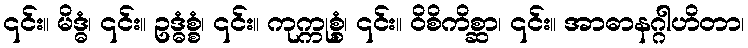
၎င်း။ မိဒ္ဓံ၊ ၎င်း။ ဥဒ္ဓံစ္စံ၊ ၎င်း။ ကုက္ကုစ္စံ၊ ၎င်း။ ဝိစိကိစ္ဆာ၊ ၎င်း။ အာဓာနဂ္ဂါဟိတာ၊